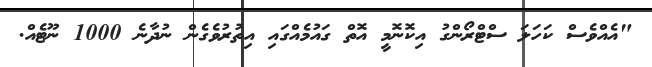
"އެއްވެސް ކަހަލަ ސްޓްރޯންގު އިކޮނޮމީ އޮތް ގައުމެއްގައި އިތުރުވެގެން ނުދާނެ 1000 ނޫޓެއް.